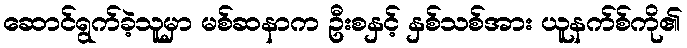
ဆောင်ရွက်ခဲ့သူမှာ မစ်ဆနာက ဦးစနှင့် နှစ်သစ်အား ယူနက်စ်ကို၏